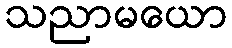
သညာမယော